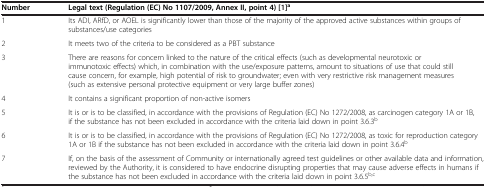
<table><thead><tr><td><b>Number</b></td><td><b>Legal text (Regulation (EC) No 1107/2009, Annex II, point 4)[1]<sup>a</sup></b></td></tr></thead><tbody><tr><td>1</td><td>Its ADI, ARfD, or AOEL is significantly lower than those of the majority of the approved active substances within groups of substances/use categories</td></tr><tr><td>2</td><td>It meets two of the criteria to be considered as a PBT substance</td></tr><tr><td>3</td><td>There are reasons for concern linked to the nature of the critical effects (such as developmental neurotoxic or immunotoxic effects) which, in combination with the use/exposure patterns, amount to situations of use that could still cause concern, for example, high potential of risk to groundwater; even with very restrictive risk management measures (such as extensive personal protective equipment or very large buffer zones)</td></tr><tr><td>4</td><td>It contains a significant proportion of non-active isomers</td></tr><tr><td>5</td><td>It is or is to be classified, in accordance with the provisions of Regulation (EC) No 1272/2008, as carcinogen category 1A or 1B, if the substance has not been excluded in accordance with the criteria laid down in point 3.6.3<sup>b</sup></td></tr><tr><td>6</td><td>It is or is to be classified, in accordance with the provisions of Regulation (EC) No 1272/2008, as toxic for reproduction category 1A or 1B if the substance has not been excluded in accordance with the criteria laid down in point 3.6.4<sup>b</sup></td></tr><tr><td>7</td><td>If, on the basis of the assessment of Community or internationally agreed test guidelines or other available data and information, reviewed by the Authority, it is considered to have endocrine disrupting properties that may cause adverse effects in humans if the substance has not been excluded in accordance with the criteria laid down in point 3.6.5<sup>b,c</sup></td></tr></tbody></table>